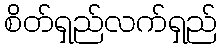
စိတ်ရှည်လက်ရှည်